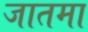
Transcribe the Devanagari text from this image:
जातमा